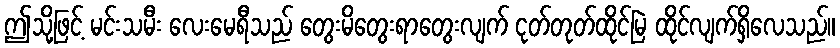
ဤသို့ဖြင့် မင်းသမီး လေးမေရီသည် တွေးမိတွေးရာတွေးလျက် ငုတ်တုတ်ထိုင်မြဲ ထိုင်လျက်ရှိလေသည်။